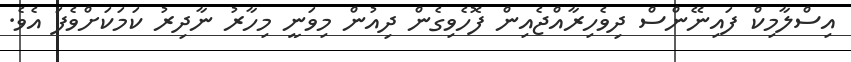
އިސްލާމިކް ފައިނޭންސް ދިވެހިރާއްޖެއިން ފޮހެވިގެން ދިއުން މިވަނީ މިހާރު ނާދިރު ކަމަކަށްވެފަ އެވެ.